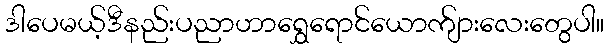
ဒါပေမယ့်ဒီနည်းပညာဟာရွှေရောင်ယောက်ျားလေးတွေပါ။